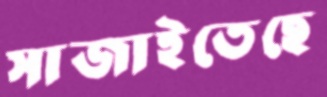
সাজাইতেছে